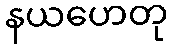
နယဟေတု